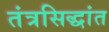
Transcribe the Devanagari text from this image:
तंत्रसिद्धांत